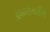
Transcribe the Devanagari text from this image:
आग्नेयतीर्थ